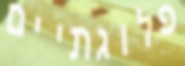
פלוגתיים